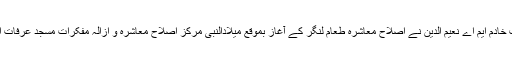
ان خیالات کا اظہار جناب خادم ایم اے نعیم الدین نے اصلاح معاشرہ طعام لنگر کے آغاز بموقع میلادالنبیؐ مرکز اصلاح معاشرہ و ازالہ مفکرات مسجد عرفات احمد پورہ کالونی میں کیا۔